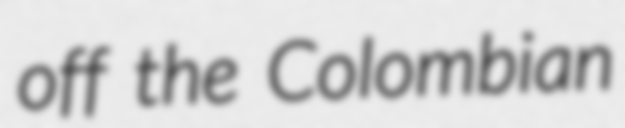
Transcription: off the Colombian